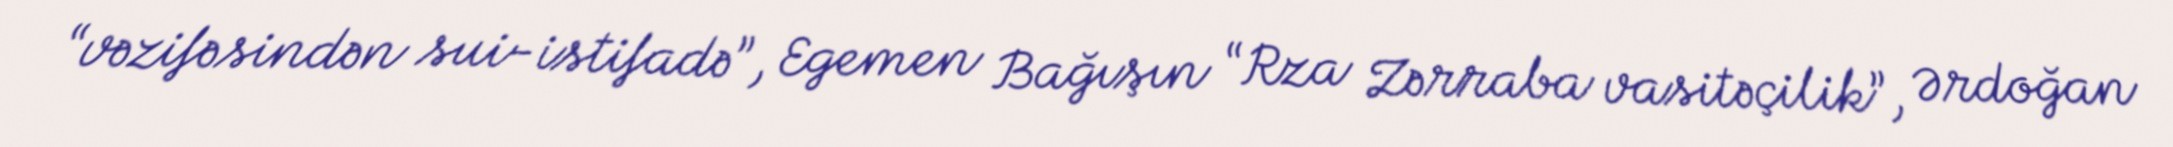
“vəzifəsindən sui-istifadə”, Egemen Bağışın “Rza Zərraba vasitəçilik”, Ərdoğan